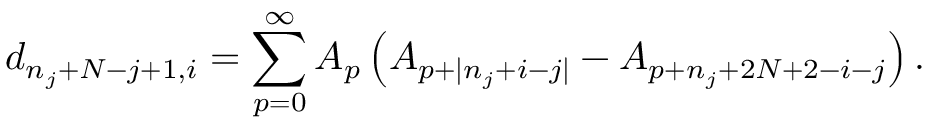
d _ { n _ { j } + N - j + 1 , i } = \sum _ { p = 0 } ^ { \infty } A _ { p } \left( A _ { p + | n _ { j } + i - j | } - A _ { p + n _ { j } + 2 N + 2 - i - j } \right) .